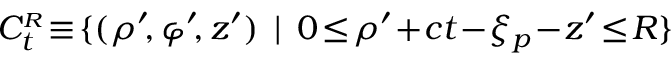
{ \cal C } _ { t } ^ { \scriptscriptstyle R } \! \equiv \! \{ ( \rho ^ { \prime } \! , \varphi ^ { \prime } \! , z ^ { \prime } ) \: \: | \: \: 0 \! \le \! \rho ^ { \prime } \! + \! c t \! - \! \xi _ { p } \! - \! z ^ { \prime } \! \le \! R \}